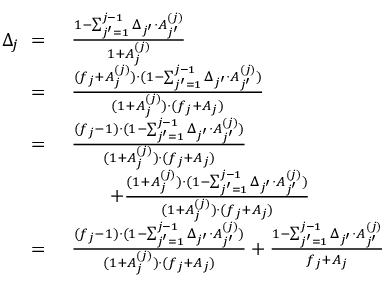
\begin{array} { r l } { \Delta _ { j } \ = \ } & { \frac { 1 - \sum _ { j ^ { \prime } = 1 } ^ { j - 1 } \Delta _ { j ^ { \prime } } \cdot A _ { j ^ { \prime } } ^ { ( j ) } } { 1 + A _ { j } ^ { ( j ) } } } \\ { = \ } & { \frac { ( f _ { j } + A _ { j } ^ { ( j ) } ) \cdot ( 1 - \sum _ { j ^ { \prime } = 1 } ^ { j - 1 } \Delta _ { j ^ { \prime } } \cdot A _ { j ^ { \prime } } ^ { ( j ) } ) } { ( 1 + A _ { j } ^ { ( j ) } ) \cdot ( f _ { j } + A _ { j } ) } } \\ { = \ } & { \frac { ( f _ { j } - 1 ) \cdot ( 1 - \sum _ { j ^ { \prime } = 1 } ^ { j - 1 } \Delta _ { j ^ { \prime } } \cdot A _ { j ^ { \prime } } ^ { ( j ) } ) } { ( 1 + A _ { j } ^ { ( j ) } ) \cdot ( f _ { j } + A _ { j } ) } } \\ & { \qquad + \frac { ( 1 + A _ { j } ^ { ( j ) } ) \cdot ( 1 - \sum _ { j ^ { \prime } = 1 } ^ { j - 1 } \Delta _ { j ^ { \prime } } \cdot A _ { j ^ { \prime } } ^ { ( j ) } ) } { ( 1 + A _ { j } ^ { ( j ) } ) \cdot ( f _ { j } + A _ { j } ) } } \\ { = \ } & { \frac { ( f _ { j } - 1 ) \cdot ( 1 - \sum _ { j ^ { \prime } = 1 } ^ { j - 1 } \Delta _ { j ^ { \prime } } \cdot A _ { j ^ { \prime } } ^ { ( j ) } ) } { ( 1 + A _ { j } ^ { ( j ) } ) \cdot ( f _ { j } + A _ { j } ) } + \frac { 1 - \sum _ { j ^ { \prime } = 1 } ^ { j - 1 } \Delta _ { j ^ { \prime } } \cdot A _ { j ^ { \prime } } ^ { ( j ) } } { f _ { j } + A _ { j } } } \end{array}